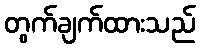
တွက်ချက်ထားသည်